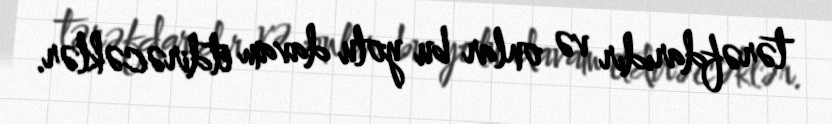
tərəfdarıdır və onlar bu yolu davam etdirəcəklər.